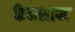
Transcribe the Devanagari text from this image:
कैंमशाफ्ट